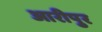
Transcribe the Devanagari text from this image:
आरीपुर